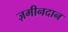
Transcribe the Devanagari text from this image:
ज़मीनदान